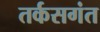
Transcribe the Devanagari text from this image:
तर्कसगंत